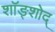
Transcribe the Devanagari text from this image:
शॉङ्शोद्